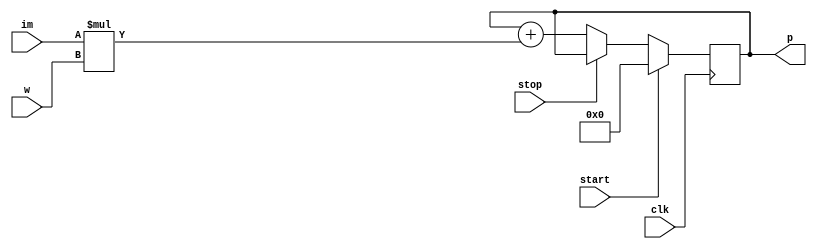
//                              -*- Mode: Verilog -*-
// Description     : Processing Element in the Systolic Array
// Purpose         : Multiplies, accumulates result and resets based on
//                   control signals.

module mac (
    input clk, start, stop,
    input [31:0] w,     // Integer input corresponding to the weights
    input [31:0] im,    // Integer input corresponding to the image
    output [31:0] p    // Output integers for the result
);
    
    reg [63:0] d; 
    always @(posedge clk) 
    begin
        if (start)          d <= 0;
        else if (stop)      d <= $signed(p);
        else                d <= $signed(p) + $signed(im)*$signed(w);
    end
    
    assign p = d[31:0];    // Taking the accumulated value  
        
endmodule // mac